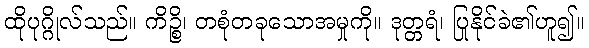
ထိုပုဂ္ဂိုလ်သည်။ ကိဉ္စိ၊ တစုံတခုသောအမှုကို။ ဒုတ္တရံ၊ ပြုနိုင်ခဲ၏ဟူ၍။